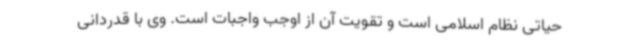
حیاتی نظام اسلامی است و تقویت آن از اوجب واجبات است. وی با قدردانی